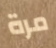
مرة